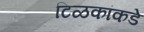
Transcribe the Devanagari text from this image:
टिळकांकडे